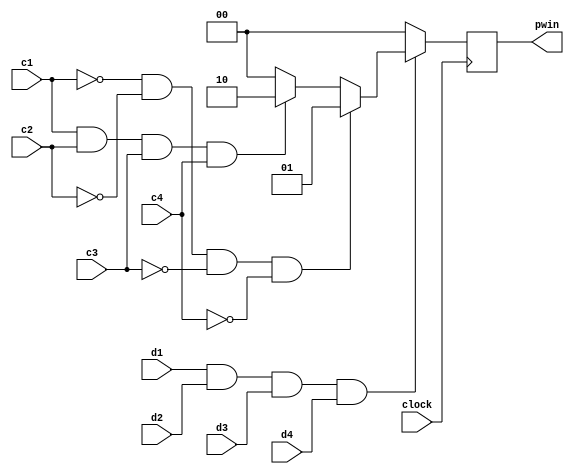
`timescale 1ns / 1ps
//////////////////////////////////////////////////////////////////////////////////
// Company: 
// Engineer: 
// 
// Design Name: 
// Module Name: wincond
// Project Name: 
// Target Devices: 
// Tool Versions: 
// Description: 
// 
// Dependencies: 
// 
// Revision:
// Revision 0.01 - File Created
// Additional Comments:
// 
//////////////////////////////////////////////////////////////////////////////////


module wincond(input c1,c2,c3,c4,d1,d2,d3,d4,output reg [1:0] pwin, input clock);
    always @ (posedge clock) begin
        if(d1==1 && d2==1 && d3==1 && d4 ==1) begin
            if(c1==0 && c2==0 && c3==0 && c4==0)
                pwin = 2'd1;
            else if(c1==1 && c2==1 && c3==1 && c4==1)
                pwin = 2'd2;
            else 
                pwin = 2'd0;
        end
        else
            pwin=2'd0;
    end
endmodule